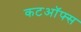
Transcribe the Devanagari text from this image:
कटऑफ्स